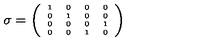
\sigma = { \tiny \left( \begin{array} { c c c c } { 1 } & { 0 } & { 0 } & { 0 } \\ { 0 } & { 1 } & { 0 } & { 0 } \\ { 0 } & { 0 } & { 0 } & { 1 } \\ { 0 } & { 0 } & { 1 } & { 0 } \\ \end{array} \right) }